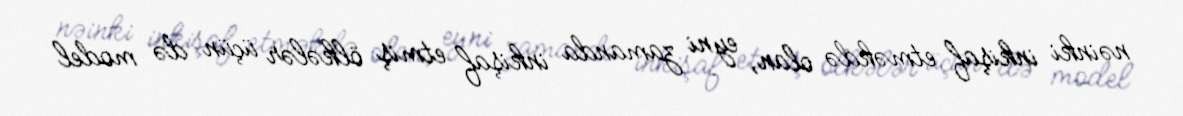
nəinki inkişaf etməkdə olan, eyni zamanda inkişaf etmiş ölkələr üçün də model